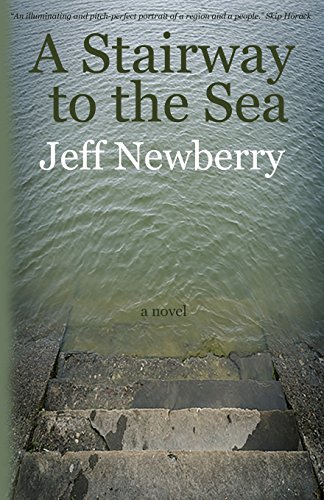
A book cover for A Stairway to the Sea; Jeff Newberry; Mystery, Thriller & Suspense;